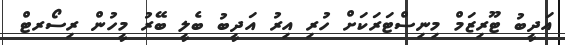
އަދީބު ޓޫރިޒަމް މިނިިސްޓަރަކަށް ހުރި އިރު އަދީބު ބެލީ ބޭރު މީހުން ރިސޯރޓް